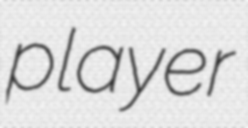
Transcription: player